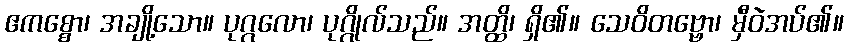
ဧကစ္စော၊ အချို့သော။ ပုဂ္ဂလော၊ ပုဂ္ဂိုလ်သည်။ အတ္ထိ၊ ရှိ၏။ သေဝိတဗ္ဗော၊ မှီဝဲအပ်၏။